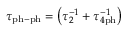
\tau _ { \mathrm { p h - p h } } = \left( \tau _ { 2 } ^ { - 1 } + \tau _ { 4 \mathrm { p h } } ^ { - 1 } \right)